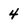
Character: 4